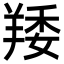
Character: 䍴